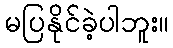
မပြနိုင်ခဲ့ပါဘူး။